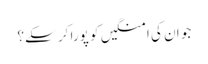
جو ان کی امنگیں کو پورا کر سکے؟